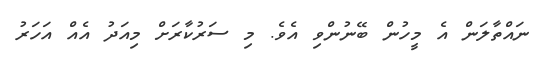
ނައްތާލަން އެ މީހުން ބޭނުންވި އެވެ. މި ސަރުކާރަށް މިއަދު އެއް އަހަރު